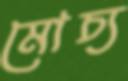
মোচ্য